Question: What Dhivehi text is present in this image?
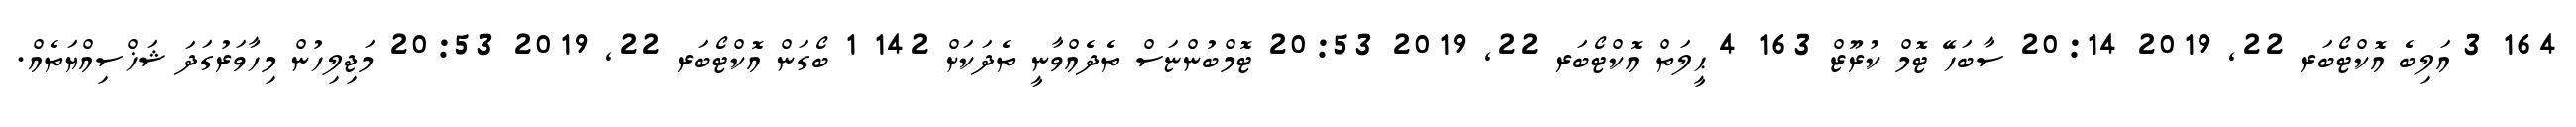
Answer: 164 3 އަލިބެ އޮކްޓޯބަރ 22, 2019 20:14 ސާބަހޭ ޓޮމް ކުރޫޒް 163 4 ޙީލަތް އޮކްޓޯބަރ 22, 2019 20:53 ޓޮމްބުންޏަސް ތެދެއްވާނީ ތެދަކަށް 142 1 ބޯގަން އޮކްޓޯބަރ 22, 2019 20:53 މަޖިލިހުން މިހާވަރުގަދަ ޝަޚްސިއްޔަތެއް.